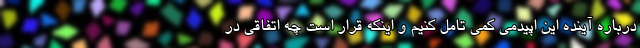
درباره آینده این اپیدمی کمی تامل کنیم و اینکه قرار است چه اتفاقی در